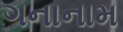
ગનાનામ